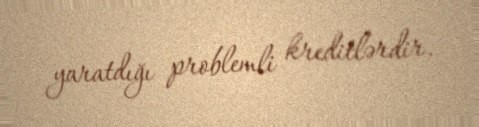
yaratdığı problemli kreditlərdir.